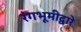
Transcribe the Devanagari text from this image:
रंगभूमीद्वारे